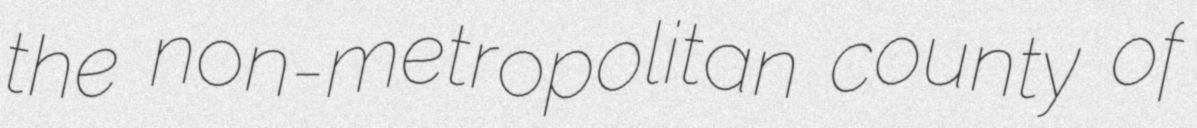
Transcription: the non-metropolitan county of